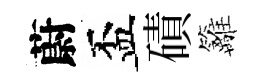
蔚盃磧籬